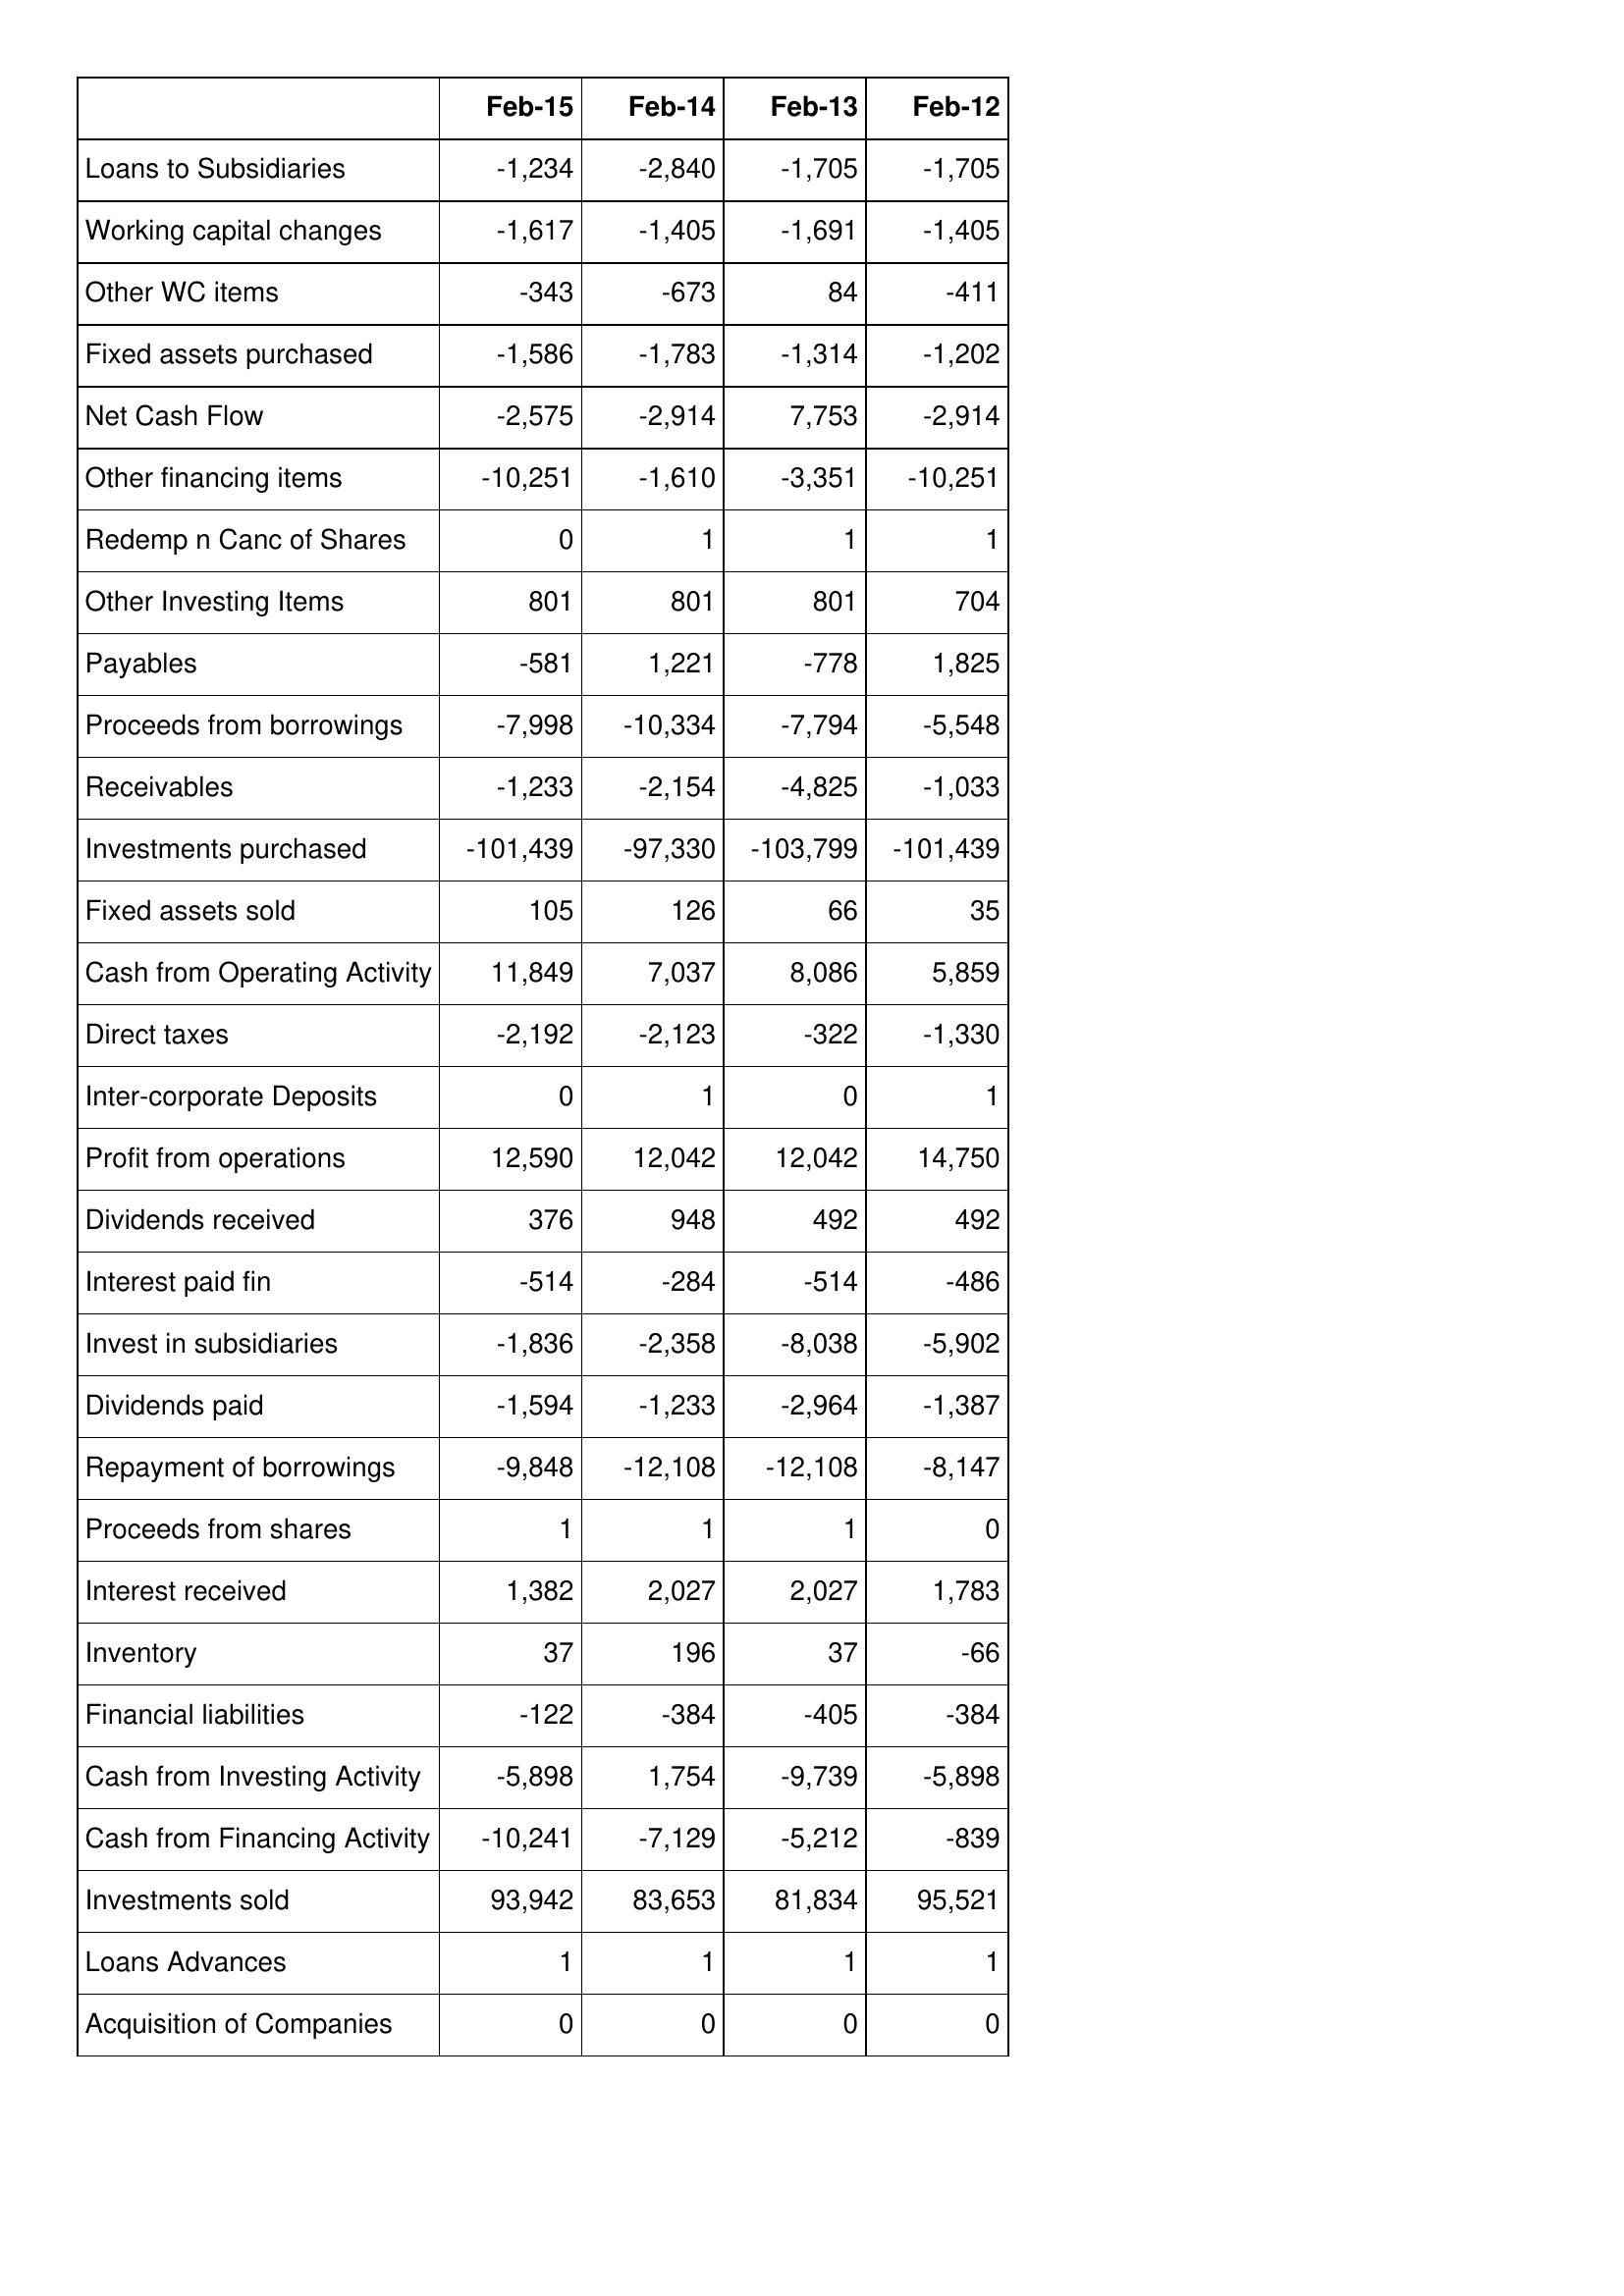
Feb-15: Cash Flows: Loans to Subsidiaries: -1,234
Working capital changes: -1,617
Other WC items: -343
Fixed assets purchased: -1,586
Net Cash Flow: -2,575
Other financing items: -10,251
Redemp n Canc of Shares: 0
Other Investing Items: 801
Payables: -581
Proceeds from borrowings: -7,998
Receivables: -1,233
Investments purchased: -101,439
Fixed assets sold: 105
Cash from Operating Activity: 11,849
Direct taxes: -2,192
Inter-corporate Deposits: 0
Profit from operations: 12,590
Dividends received: 376
Interest paid fin: -514
Invest in subsidiaries: -1,836
Dividends paid: -1,594
Repayment of borrowings: -9,848
Proceeds from shares: 1
Interest received: 1,382
Inventory: 37
Financial liabilities: -122
Cash from Investing Activity: -5,898
Cash from Financing Activity: -10,241
Investments sold: 93,942
Loans Advances: 1
Acquisition of Companies: 0
Feb-14: Cash Flows: Loans to Subsidiaries: -2,840
Working capital changes: -1,405
Other WC items: -673
Fixed assets purchased: -1,783
Net Cash Flow: -2,914
Other financing items: -1,610
Redemp n Canc of Shares: 1
Other Investing Items: 801
Payables: 1,221
Proceeds from borrowings: -10,334
Receivables: -2,154
Investments purchased: -97,330
Fixed assets sold: 126
Cash from Operating Activity: 7,037
Direct taxes: -2,123
Inter-corporate Deposits: 1
Profit from operations: 12,042
Dividends received: 948
Interest paid fin: -284
Invest in subsidiaries: -2,358
Dividends paid: -1,233
Repayment of borrowings: -12,108
Proceeds from shares: 1
Interest received: 2,027
Inventory: 196
Financial liabilities: -384
Cash from Investing Activity: 1,754
Cash from Financing Activity: -7,129
Investments sold: 83,653
Loans Advances: 1
Acquisition of Companies: 0
Feb-13: Cash Flows: Loans to Subsidiaries: -1,705
Working capital changes: -1,691
Other WC items: 84
Fixed assets purchased: -1,314
Net Cash Flow: 7,753
Other financing items: -3,351
Redemp n Canc of Shares: 1
Other Investing Items: 801
Payables: -778
Proceeds from borrowings: -7,794
Receivables: -4,825
Investments purchased: -103,799
Fixed assets sold: 66
Cash from Operating Activity: 8,086
Direct taxes: -322
Inter-corporate Deposits: 0
Profit from operations: 12,042
Dividends received: 492
Interest paid fin: -514
Invest in subsidiaries: -8,038
Dividends paid: -2,964
Repayment of borrowings: -12,108
Proceeds from shares: 1
Interest received: 2,027
Inventory: 37
Financial liabilities: -405
Cash from Investing Activity: -9,739
Cash from Financing Activity: -5,212
Investments sold: 81,834
Loans Advances: 1
Acquisition of Companies: 0
Feb-12: Cash Flows: Loans to Subsidiaries: -1,705
Working capital changes: -1,405
Other WC items: -411
Fixed assets purchased: -1,202
Net Cash Flow: -2,914
Other financing items: -10,251
Redemp n Canc of Shares: 1
Other Investing Items: 704
Payables: 1,825
Proceeds from borrowings: -5,548
Receivables: -1,033
Investments purchased: -101,439
Fixed assets sold: 35
Cash from Operating Activity: 5,859
Direct taxes: -1,330
Inter-corporate Deposits: 1
Profit from operations: 14,750
Dividends received: 492
Interest paid fin: -486
Invest in subsidiaries: -5,902
Dividends paid: -1,387
Repayment of borrowings: -8,147
Proceeds from shares: 0
Interest received: 1,783
Inventory: -66
Financial liabilities: -384
Cash from Investing Activity: -5,898
Cash from Financing Activity: -839
Investments sold: 95,521
Loans Advances: 1
Acquisition of Companies: 0